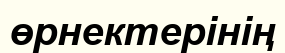
өрнектерінің